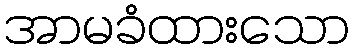
အာမခံထားသော